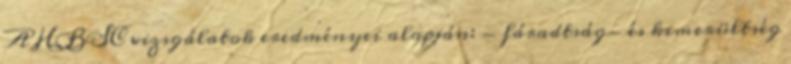
A HBSC vizsgálatok eredményei alapján: - fáradtság- és kimerültség